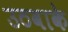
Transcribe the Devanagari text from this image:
उठवाके